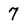
Character: 7